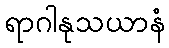
ရာဂါနုသယာနံ